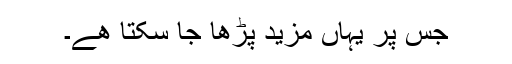
جس پر یہاں مزید پڑھا جا سکتا ھے۔